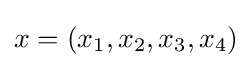
x=(x_{1},x_{2},x_{3},x_{4})